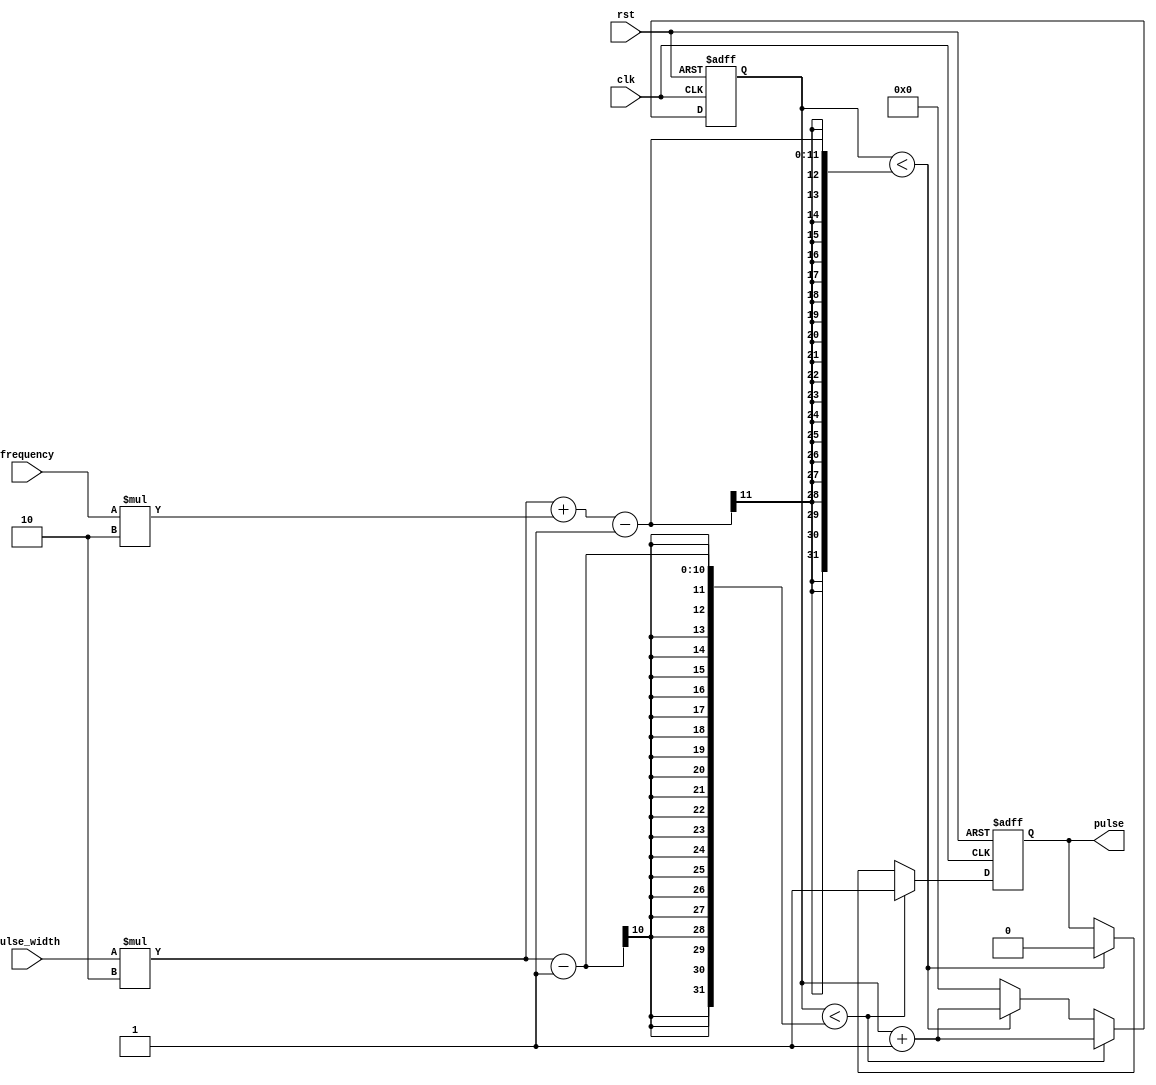
module Programmable_Pulse_Generator(
  input wire clk,
  input wire rst,
  input wire [7:0] pulse_width,
  input wire [7:0] frequency,
  output reg pulse
);

reg [15:0] counter;

always @(posedge clk or posedge rst) begin
  if (rst) begin
    counter <= 16'b0;
    pulse <= 1'b0;
  end else begin
    if (counter < pulse_width*2-1) begin
      pulse <= 1'b1;
      counter <= counter + 1;
    end else if (counter < (pulse_width*2 + frequency*2) - 1) begin
      pulse <= 1'b0;
      counter <= counter + 1;
    end else begin
      counter <= 16'b0;
    end
  end
end

endmodule